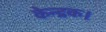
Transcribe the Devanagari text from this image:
केन्द्रक।